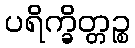
ပရိက္ခိတ္တဉ္စ